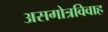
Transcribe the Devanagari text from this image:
असगोत्रविवाह